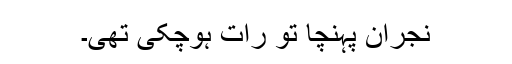
نجران پہنچا تو رات ہوچکی تھی۔